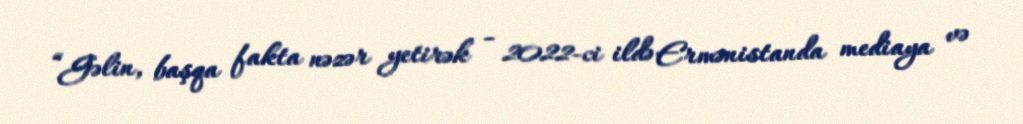
“Gəlin, başqa fakta nəzər yetirək - 2022-ci ildə Ermənistanda mediaya və